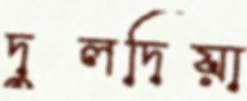
দুলদিয়া